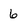
Character: 6